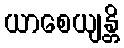
ယာစေယျန္တိ